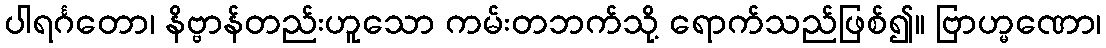
ပါရင်္ဂတော၊ နိဗ္ဗာန်တည်းဟူသော ကမ်းတဘက်သို့ ရောက်သည်ဖြစ်၍။ ဗြာဟ္မဏော၊